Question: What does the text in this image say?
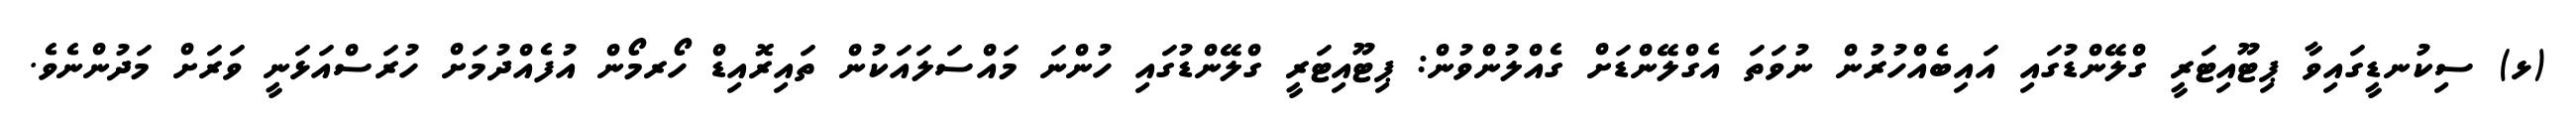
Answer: (ޅ) ސިކުނޑީގައިވާ ޕިޓޫއިޓަރީ ގްލޭންޑުގައި އައިބެއްހުރުން ނުވަތަ އެގްލޭންޑަށް ގެއްލުންވުން: ޕިޓޫއިޓަރީ ގްލޭންޑުގައި ހުންނަ މައްސަލައަކުން ތައިރޮއިޑް ހޯރމޯން އުފެއްދުމަށް ހުރަސްއަޅަނީ ވަރަށް މަދުންނެވެ.